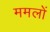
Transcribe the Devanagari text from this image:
ममलों